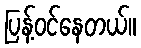
ပြန့်ဝင်နေတယ်။